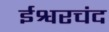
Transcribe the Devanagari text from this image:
ईश्वरचंद